Report on the lunatic asylums under the Government of Bombay - 1904-1913
Year: 1904
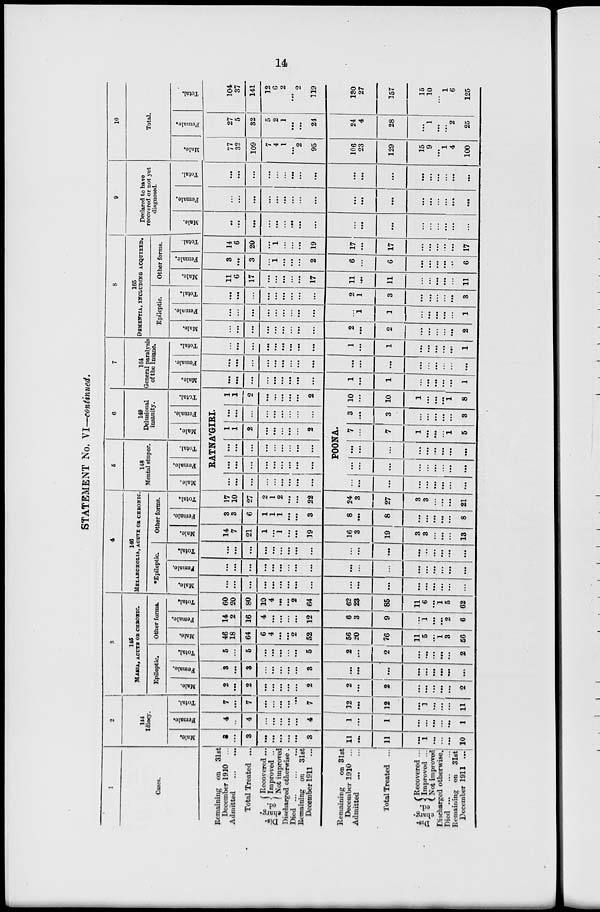
14
STATEMENT No. VI—continued.
1
Cases.
Remaining on 31st
December 1910 ...
Admitted
...
...
Total Treated ...
Dis¬
charg¬
ed.
Recovered ...
Improved ...
Not improved
Discharged otherwise .
Died
...
...
...
Remaining on 31st
December 1911 ...
Remaining on 31st
December
1910
Admitted
Total Treated ...
Dis¬
charg-
ed.
Recovered ...
Improved ...
Not improved
Discharged otherwise.
Died
...
...
...
Remaining on 31st
December 1911 ...
2
144
Idiocy.
Male.
3
...
3
...
...
...
...
...
3
11
...
11
...
1
...
...
...
10
Fe ma l
e .
4
...
4
...
...
...
...
...
4
1
...
1
...
...
...
...
...
1
Total.
7
...
7
...
...
...
...
...
7
12
...
12
...
1
...
...
...
11
3
146
MANIA, ACUTE OR CHRONIC.
Epileptic
Male.
2
...
2
...
...
...
...
...
2
2
...
2
...
...
...
...
...
2
Female.
3
...
3
...
...
...
...
...
3
...
...
...
...
...
...
...
...
...
Total.
5
...
5
...
...
...
...
...
5
2
...
2
...
...
...
...
...
2
Other forms.
Male.
46
18
64
6
4
...
...
2
52
56
20
76
11
5
...
1
3
56
Female.
14
2
16
4
...
...
...
...
12
6
3
9
...
1
...
...
2
6
Total.
60
20
80
10
4
...
...
2
64
62
23
85
11
6
...
1
5
62
4
146
MELANCHOLIA, ACUTE OR CHRONIC.
*Epileptic.
Male.
...
...
...
...
...
...
...
...
...
...
...
...
...
...
...
...
...
...
Female.
...
...
...
...
...
...
...
...
...
...
...
...
...
...
...
...
...
...
Total.
...
...
...
...
...
...
...
...
...
...
...
...
...
...
...
...
...
...
Other forms.
Male.
14
7
21
1
...
1
...
...
19
16
3
19
3
3
...
...
...
13
Female.
3
3
6
1
1
1
...
...
3
8
...
8
...
...
...
...
...
8
Total.
17
10
27
2
1
2
...
...
22
24
3
27
3
3
...
...
...
21
5
148
Mental stupor.
Male.
Female.
Total.
6
149
Delusional
insanity.
Male.
Female.
Total.
RATNA'GIRI.
...
...
...
...
...
...
...
...
...
...
...
. ..
...
...
...
...
...
...
...
...
...
...
...
...
...
...
...
1
1
2
...
...
...
...
...
2
...
...
...
...
...
...
...
...
...
1
1
2
...
...
...
...
...
2
POONA.
...
...
...
...
...
...
...
...
...
...
...
...
...
...
...
...
...
...
...
...
...
...
...
...
...
...
...
7
...
7
1
...
...
...
1
5
3
...
3
...
...
...
...
...
3
10
...
10
1
...
...
...
1
8
7
164
General paralysis
of the Insane.
Male.
...
...
...
...
...
...
...
...
1
...
1
...
...
...
...
...
1
Female.
...
...
...
...
...
...
...
...
...
...
...
...
...
...
...
...
...
...
Total.
...
...
...
...
...
...
...
...
...
1
...
1
...
...
...
...
...
1
8
165
DEMENTIA, INCLUDING ACQUIRED.
Epileptic.
Male.
...
...
...
...
...
...
...
...
...
2
...
2
...
...
...
...
...
2
Female.
...
...
...
...
...
...
...
...
...
...
1
1
...
...
...
...
...
1
Total.
...
...
...
...
...
...
...
...
...
2
1
3
...
...
...
...
...
3
Other forms.
Male.
11
6
17
...
...
...
...
...
17
11
...
11
...
...
...
...
...
11
Female.
3
...
3
...
1
...
...
...
2
6
...
6
...
...
...
...
...
6
Total.
14.
6
20
...
1
...
...
...
19
17
...
17
...
...
...
...
...
17
9
Declared to have
recovered or not yet
diagnosed.
Male.
...
...
...
...
...
...
...
...
...
...
...
...
...
...
...
...
...
...
Female.
...
...
...
...
...
...
...
...
...
...
...
...
...
...
...
...
...
...
Total.
...
...
...
...
...
...
...
...
...
...
...
...
...
...
...
...
...
...
10
Total.
Male.
77
32
109
7
4
1 ...
2
95
106
23
129
15
9 ...
1
4
100
Female.
97
5
32
5
2
1 ...
...
24
24
4
28
...
1 ...
...
2
25
Total.
104
37
141
12
6
2 ...
2
119
130
27
157
15
10 ...
1
6
125